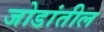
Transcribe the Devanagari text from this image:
जोडांतील